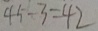
4 5 - 3 = 4 2